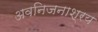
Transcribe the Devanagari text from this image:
अवनिजनाश्रय